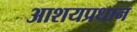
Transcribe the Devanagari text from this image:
आशयप्रधान